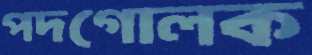
পদগোলক